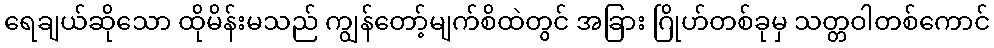
ရေချယ်ဆိုသော ထိုမိန်းမသည် ကျွန်တော့်မျက်စိထဲတွင် အခြား ဂြိုဟ်တစ်ခုမှ သတ္တဝါတစ်ကောင်